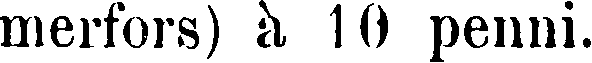
merfors) à 10 penni.